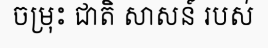
ចម្រុះ ជាតិ សាសន៍ របស់